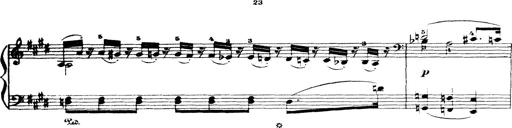
Title: Wagner-Liszt Album
Composer: Franz Liszt